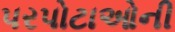
પરપોટાઓની